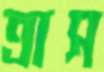
ত্রাস